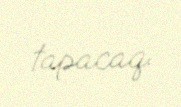
tapacaq.